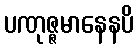
ပဏုဇ္ဇမာနေနပိ